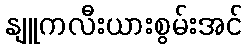
နျူကလီးယားစွမ်းအင်